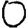
Digit: 0